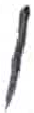
אות: ו